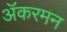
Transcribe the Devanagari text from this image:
ॲकरमन